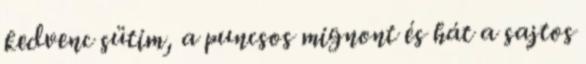
kedvenc sütim, a puncsos mignont és hát a sajtos